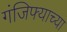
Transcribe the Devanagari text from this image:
गंजिफ्याच्या